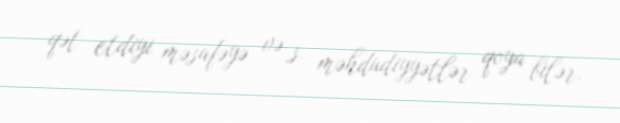
qət etdiyi məsafəyə və s. məhdudiyyətlər qoya bilər.